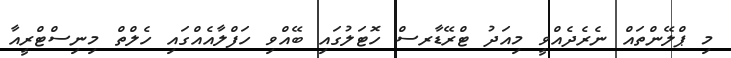
މި ޕްލޭންތައް ނެރެދެއްވީ މިއަދު ޓްރޭޑާރސް ހޮޓަލުގައި ބޭއްވި ހަފްލާއެއްގައި ހެލްތް މިނިސްޓްރީއާ